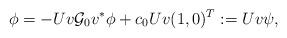
LaTeX: \begin{align*}\phi&=-Uv\mathcal G_0 v^* \phi +c_0Uv(1,0)^T:=Uv \psi,\end{align*}